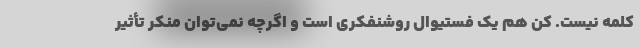
کلمه نیست. کن هم یک فستیوال روشنفکری است و اگرچه نمی‌توان منکر تأثیر